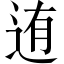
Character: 迶